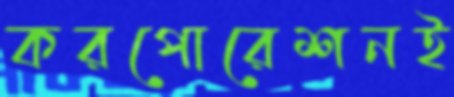
করপোরেশনই